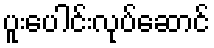
ပူးပေါင်းလုပ်ဆောင်